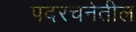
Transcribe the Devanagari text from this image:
पदरचनेतील